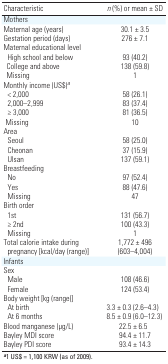
<table><thead><tr><td><b>Characteristic</b></td><td><b><i>n</i> (%) or mean ± SD</b></td></tr></thead><tbody><tr><td><b>Mothers</b></td></tr><tr><td><b>Maternal age (years)</b></td><td>30.1 ± 3.5</td></tr><tr><td><b>Gestation period (days)</b></td><td>276 ± 7.1</td></tr><tr><td><b>Maternal educational level</b></td></tr><tr><td><b>High school and below</b></td><td>93 (40.2)</td></tr><tr><td><b>College and above</b></td><td>138 (59.8)</td></tr><tr><td><b>Missing</b></td><td>1</td></tr><tr><td><b>Monthly income (US$)<sup><i>a</i></sup></b></td></tr><tr><td><b>&lt; 2,000</b></td><td>58 (26.1)</td></tr><tr><td><b>2,000–2,999</b></td><td>83 (37.4)</td></tr><tr><td><b>≥ 3,000</b></td><td>81 (36.5)</td></tr><tr><td><b>Missing</b></td><td>10</td></tr><tr><td><b>Area</b></td></tr><tr><td><b>Seoul</b></td><td>58 (25.0)</td></tr><tr><td><b>Cheonan</b></td><td>37 (15.9)</td></tr><tr><td><b>Ulsan</b></td><td>137 (59.1)</td></tr><tr><td><b>Breastfeeding</b></td></tr><tr><td><b>No</b></td><td>97 (52.4)</td></tr><tr><td><b>Yes</b></td><td>88 (47.6)</td></tr><tr><td><b>Missing</b></td><td>47</td></tr><tr><td><b>Birth order</b></td></tr><tr><td><b>1st</b></td><td>131 (56.7)</td></tr><tr><td><b>≥ 2nd</b></td><td>100 (43.3)</td></tr><tr><td><b>Missing</b></td><td>1</td></tr><tr><td><b>Total calorie intake during pregnancy [kcal/day (range)]</b></td><td>1,772 ± 496 (603–4,004)</td></tr><tr><td><b>Infants</b></td></tr><tr><td><b>Sex</b></td><td></td></tr><tr><td><b>Male</b></td><td>108 (46.6)</td></tr><tr><td><b>Female</b></td><td>124 (53.4)</td></tr><tr><td><b>Body weight [kg (range)]</b></td><td></td></tr><tr><td><b>At birth</b></td><td>3.3 ± 0.3 (2.6–4.3)</td></tr><tr><td><b>At 6 months</b></td><td>8.5 ± 0.9 (6.0–12.3)</td></tr><tr><td><b>Blood manganese (μg/L)</b></td><td> 22.5 ± 6.5</td></tr><tr><td><b>Bayley MDI score</b></td><td>94.4 ± 11.7</td></tr><tr><td><b>Bayley PDI score</b></td><td>93.4 ± 14.3</td></tr><tr><td colspan="2"><sup><i><b>a</b></i></sup>1 US$ = 1,100 KRW (as of 2009). </td></tr></tbody></table>